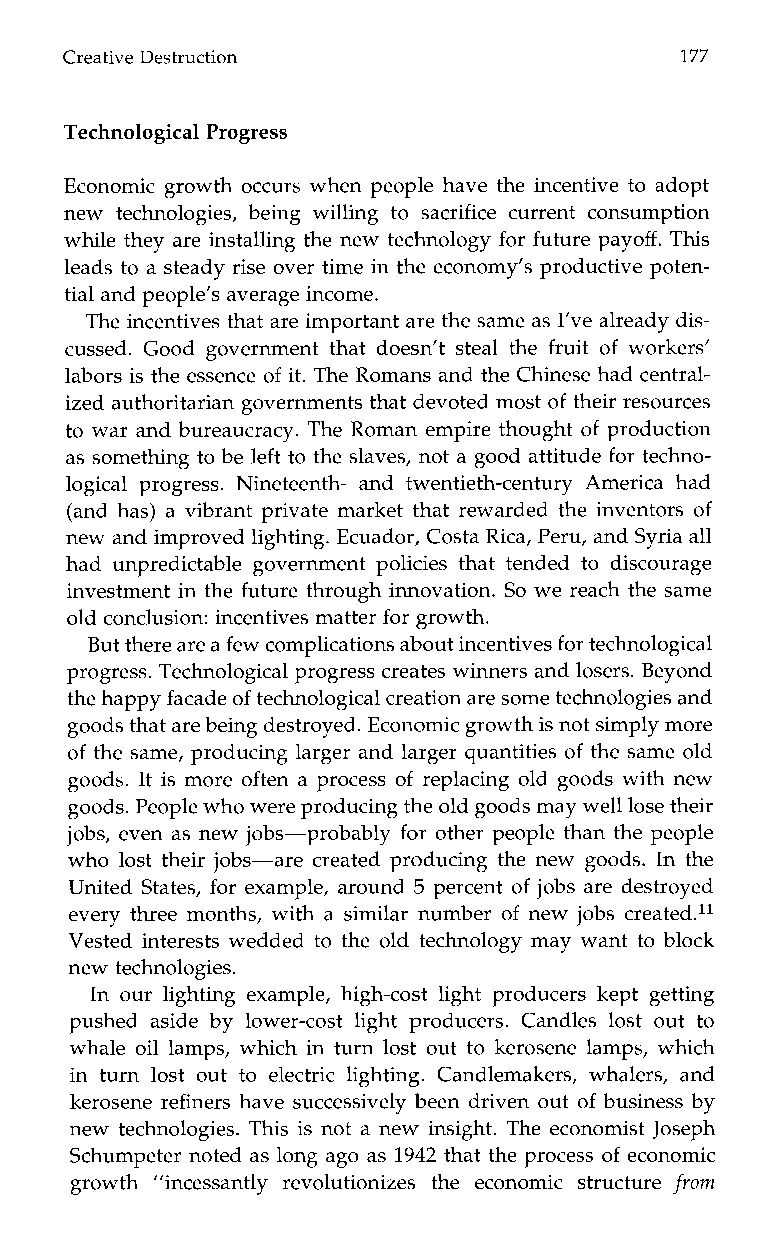
Creative Destruction                     177
 Technological Progress
 Economic growth occurs when people have the incentive to adopt
 new technologies, beingw illing to sacrifice currentc onsumption
 while they are installing the new technology for future payoff. This
 leads to a steady rise over time in the economy’s productive poten-
 tial and people’s average income.
 The incentives that are important are the same aIs’ ve already dis-
 cussed. Good government that doesn’t steal the fruit of workers’
 labors is the essence of it. The Romans and the Chinese had central-
 ized authoritarian governments that devoted mosotf their resources
 to war and bureaucracy. The Roman empire thought of production
 as something to be left to the slaves, not a good attitude for techno-
 logical progress.N ineteenth- and twentieth-century America had
 (and has) a vibrant private market that rewarded the inventors of
 new and improved lighting. Ecuador,C osta Rica, Peru, and Syria all
 had unpredictable government policies that tended to discourage
 investment in the future through innovation. So we reach the same
 old conclusion: incentives matter for growth.
 But there are afe w complications about incentivesf or technological
 progress. Technological progress creates winners and losers. Beyond
 the happyf acade of technological creation are somet echnologies and
 goods that are being destroyeEdc. onomic growth is not simply more
 of the same, producing larger and larger quantities of the same old
 goods. It is more often a process of replacing old goods with new
 goods. People who were producing the old goods mwaeyl l lose their
 jobs, even as new jobs-probably for other people than the people
 who lost their jobs-are created producing the new goods. In the
 United States, for example, around 5 percent of jobs are destroyed
 every three months, with a similar number of new jobs created.ll
 Vested interests wedded to the old technology may want to block
 new technologies.
 In our lighting example, high-cost light producers kept getting
 pushed asideb y lower-cost lightp roducers.C andlesl ost out to
 whale oil lamps, which in turn lost out to kerosene lamps, which
 int urn lost out to electric lighting.C andlemakers,w halers, and
 kerosene refiners have successively been driven out of business by
 new technologies. This is not a new insight. The economist Joseph
 Schumpeter noted as long ago as 1942 that the process of economic
 growth ”incessantly revolutionizest h e economic structure from